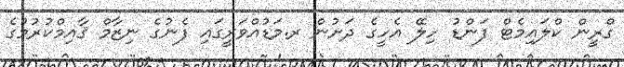
ގްރީން ކްލައިމެޓް ފަންޑު ހިލޭ އެހީގެ ދަށުން ރ.މަޑުއްވަރީގައި ފެނުގެ ނިޒާމް ޤާއިމްކުރުމުގެ